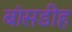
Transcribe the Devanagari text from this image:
बांसडीह